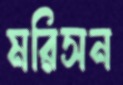
মরিসন